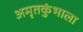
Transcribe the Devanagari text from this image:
अमृतकुंभाला